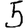
Digit: 5